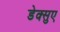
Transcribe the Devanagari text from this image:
डेक्सुए